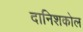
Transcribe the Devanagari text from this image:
दानिशकोल